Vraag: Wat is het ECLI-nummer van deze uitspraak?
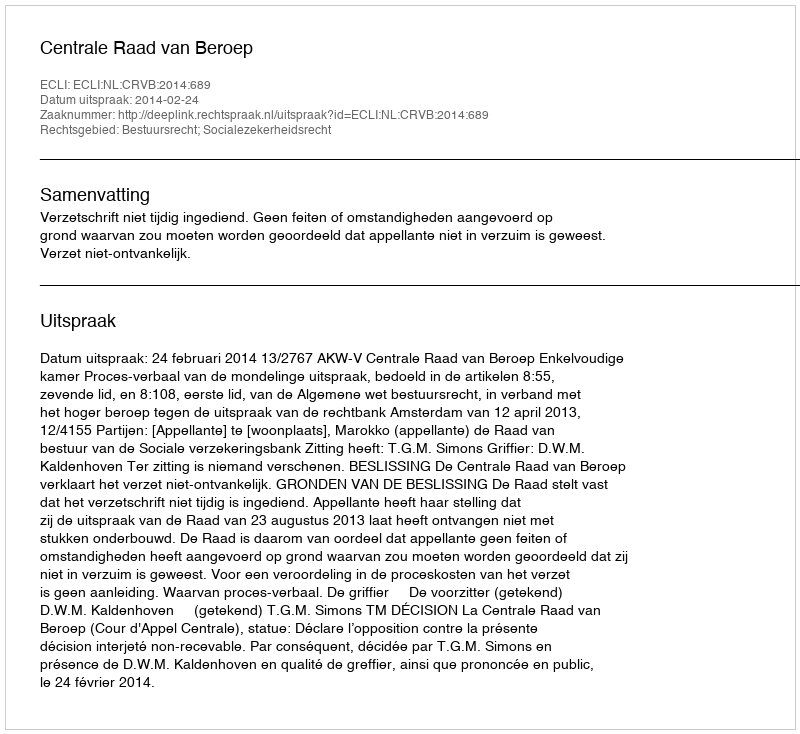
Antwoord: ECLI:NL:CRVB:2014:689